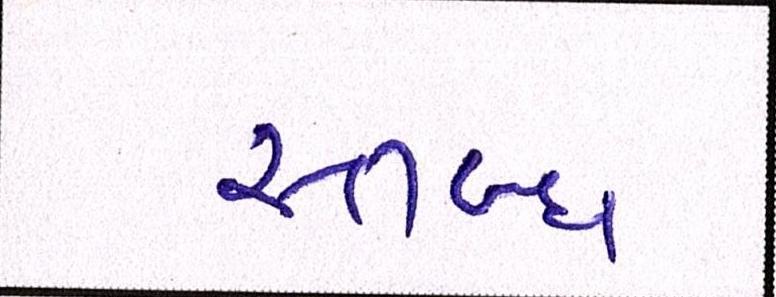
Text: સ્તબ્ધ